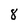
Character: 8